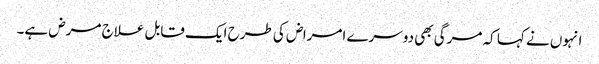
انہوں نے کہا کہ مرگی بھی دوسرے امراض کی طرح ایک قابل علاج مرض ہے۔